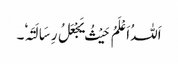
اَللہُ اَعْلَمُ حَیْثُ یَجْعَلُ رِسَالَتَہٗ۔